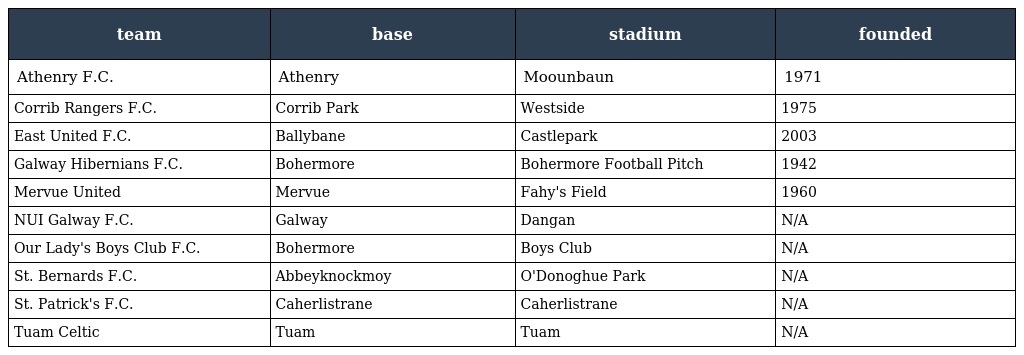
| team | base | stadium | founded |
 | --- | --- | --- | --- |
 | Athenry F.C. | Athenry | Moounbaun | 1971 |
 | Corrib Rangers F.C. | Corrib Park | Westside | 1975 |
 | East United F.C. | Ballybane | Castlepark | 2003 |
 | Galway Hibernians F.C. | Bohermore | Bohermore Football Pitch | 1942 |
 | Mervue United | Mervue | Fahy's Field | 1960 |
 | NUI Galway F.C. | Galway | Dangan | N/A |
 | Our Lady's Boys Club F.C. | Bohermore | Boys Club | N/A |
 | St. Bernards F.C. | Abbeyknockmoy | O'Donoghue Park | N/A |
 | St. Patrick's F.C. | Caherlistrane | Caherlistrane | N/A |
 | Tuam Celtic | Tuam | Tuam | N/A |